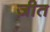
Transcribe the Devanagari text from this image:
ज़ीत